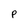
Character: P